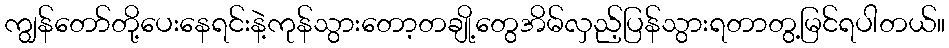
ကျွန်တော်တို့ပေးနေရင်းနဲ့ကုန်သွားတော့တချို့တွေအိမ်လှည့်ပြန်သွားရတာတွ့မြင်ရပါတယ်။